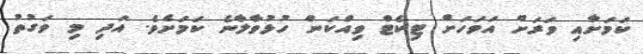
ކަމަށާއި ވަރަށް އަވަހަށް ޓިކެޓް ވިއްކަން ހުޅުވާލާނެ ކަމަށެވެ. އަދި މި ވަގުތު